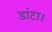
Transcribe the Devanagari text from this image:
डांटा।